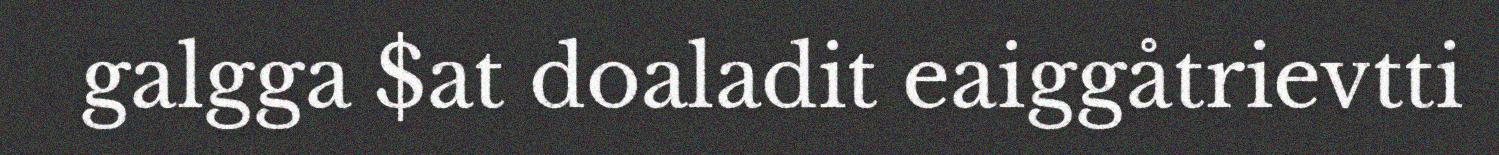
galgga $at doaladit eaiggåtrievtti